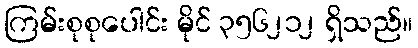
ကြမ်းစုစုပေါင်း မိုင် ၃၅၆၂၁၂ ရှိသည်။